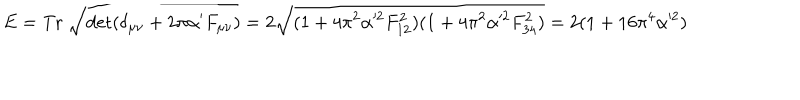
E = \mathrm { T r } \; \sqrt { \det ( \delta _ { \mu \nu } + 2 \pi \alpha ^ { \prime } F _ { \mu \nu } ) } = 2 \sqrt { ( 1 + 4 \pi ^ { 2 } \alpha ^ { 2 } F _ { 1 2 } ^ { 2 } ) ( 1 + 4 \pi ^ { 2 } \alpha ^ { 2 } F _ { 3 4 } ^ { 2 } ) } = 2 ( 1 + 1 6 \pi ^ { 4 } \alpha ^ { 2 } )